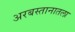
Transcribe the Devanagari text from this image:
अरबस्तानातला